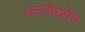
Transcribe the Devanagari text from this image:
यल्लोस्टोन